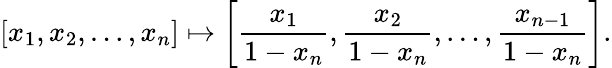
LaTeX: [x_{1},x_{2},\ldots,x_{n}]\mapsto\left[{\frac{x_{1}}{1-x_{n}}},{\frac{x_{2}}{1-x_{n}}},\ldots,{\frac{x_{n-1}}{1-x_{n}}}\right].